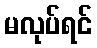
မလုပ်ရင်